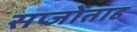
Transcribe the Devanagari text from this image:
सप्जोताह